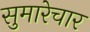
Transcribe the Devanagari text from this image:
सुमारेचार